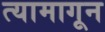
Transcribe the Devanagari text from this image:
त्यामागून